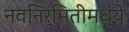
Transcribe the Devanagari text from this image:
नवनिर्मितीमध्‍ये